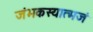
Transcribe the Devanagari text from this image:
जंभकस्यात्मजं